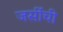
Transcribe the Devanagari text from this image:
जर्सीची